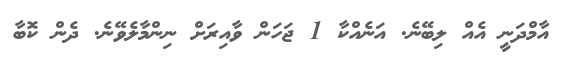
އާމްދަނީ އެއް ލިބޭނެ. އަނެއްކާ 1 ޖަހަން ވާއިރަށް ނިންމާލެވޭނެ. ދެން ކޮބާ